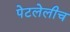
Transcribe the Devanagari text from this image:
पेटलेलीच